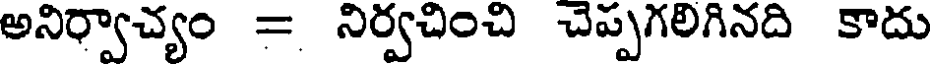
అనిర్వాచ్యం = నిర్వచించి చెప్పగలిగినది కాదు